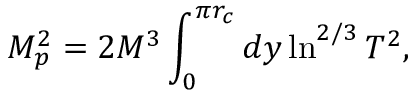
M _ { p } ^ { 2 } = 2 M ^ { 3 } \int _ { 0 } ^ { \pi r _ { c } } d y \ln ^ { 2 / 3 } T ^ { 2 } ,